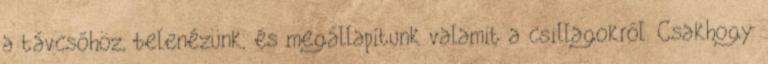
a távcsőhöz, belenézünk, és megállapítunk valamit a csillagokról. Csakhogy